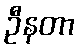
ဦနတာ